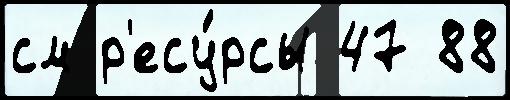
см р'есу́рсы 47 88